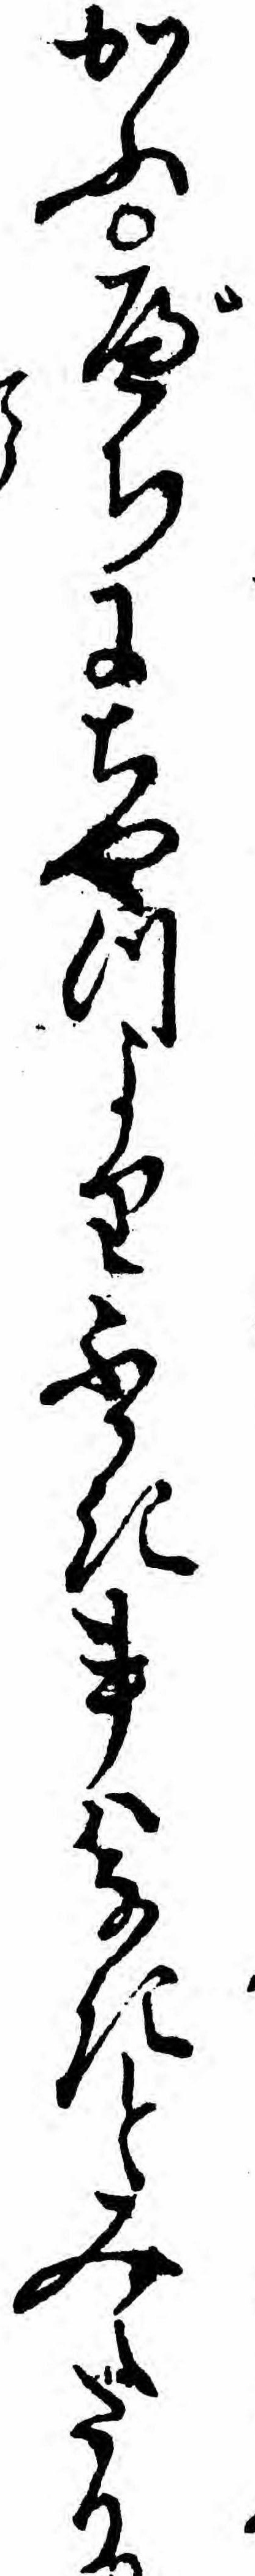
かふべちにちやつよりふかき事ハなきとみえたり